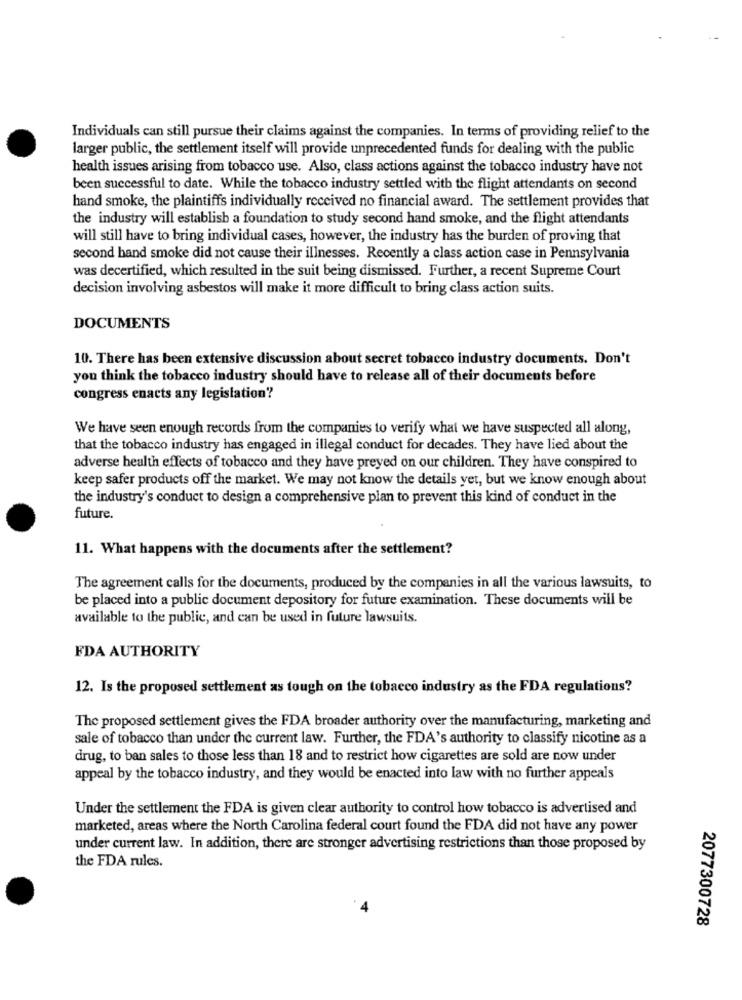
Individuals can still pursue their claims against the companies. In terms of providing relief to the
larger public, the settlement itself will provide unprecedented funds for dealing with the public
health issues arising from tobacco use. Also, class actions against the tobacco industry have not
been successful to date. While the tobacco industry settled with the flight attendants on second
hand smoke, the plaintiffs individually received no financial award. The settlement provides that
the industry will establish a foundation to study second hand smoke, and the flight attendants
will still have to bring individual cases, however, the industry has the burden of proving that
second hand smoke did not cause their illnesses. Recently a class action case in Pennsylvania
was decertified, which resulted in the suit being dismissed. Further, a recent Supreme Court
decision involving asbestos will make it more difficult to bring class action suits.
DOCUMENTS
10. There has been extensive discussion about secret tobacco industry documents. Don't
you think the tobacco industry should have to release all of their documents before
congress enacts any legislation?
We have seen enough records from the companies to verify what we have suspected all along,
that the tobacco industry has engaged in illegal conduct for decades. They have lied about the
adverse health effects of tobacco and they have preyed on our children. They have conspired to
keep safer products off the market. We may not know the details yet, but we know enough about
the industry's conduct to design a comprehensive plan to prevent this kind of conduct in the
future.
11. What happens with the documents after the settlement?
The agreement calls for the documents, produced by the companies in all the various lawsuits, to
be placed into a public document depository for future examination. These documents will be
available to the public, and can be used in future lawsuits.
FDA AUTHORITY
12. Is the proposed settlement as tough on the tobacco industry as the FDA regulations?
The proposed settlement gives the FDA broader authority over the manufacturing, marketing and
sale of tobacco than under the current law. Further, the FDA's authority to classify nicotine as a
drug, to ban sales to those less than 18 and to restrict how cigarettes are sold are now under
appeal by the tobacco industry, and they would be enacted into law with no further appeals
Under the settlement the FDA is given clear authority to control how tobacco is advertised and
marketed, areas where the North Carolina federal court found the FDA did not have any power
under current law. In addition, there are stronger advertising restrictions than those proposed by
the FDA rules.
2077300728